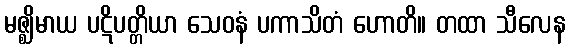
မဇ္ဈိမာယ ပဋိပတ္တိယာ သေဝနံ ပကာသိတံ ဟောတိ။ တထာ သီလေန